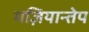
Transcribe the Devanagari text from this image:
गज़ियान्तेप